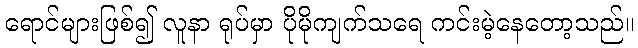
ရောင်များဖြစ်၍ လူနာ ရုပ်မှာ ပိုမိုကျက်သရေ ကင်းမဲ့နေတော့သည်။